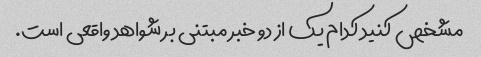
مشخص کنید کدام یک از دو خبر مبتنی بر شواهد واقعی است.